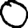
Digit: 0